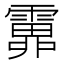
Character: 𩅎